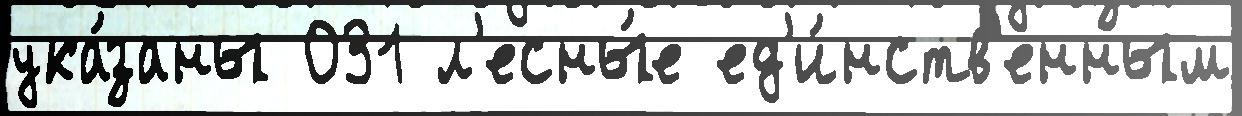
ука́заны 031 л'есны́е ед'и́нств'енным